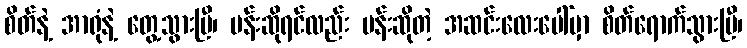
စိတ်နဲ့ အာရုံနဲ့ တွေ့သွားပြီ၊ ပန်းဆိုရင်လည်း ပန်းဆိုတဲ့ အဆင်းလေးပေါ်မှာ စိတ်ရောက်သွားပြီ၊